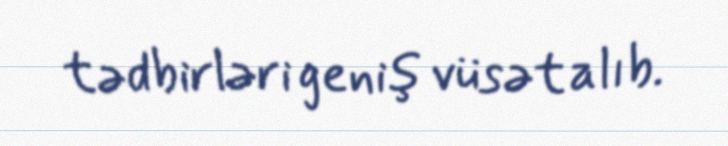
tədbirləri geniş vüsət alıb.